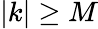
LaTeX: |k|\geq M